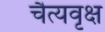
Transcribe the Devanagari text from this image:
चैत्यवृक्ष